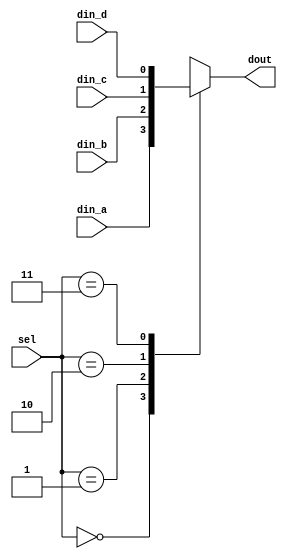
`timescale 1ns/10ps

// 4x1 MUX
module multiplexer (
    din_a,
    din_b,
    din_c,
    din_d,
    sel,
    dout
);

input din_a;
input din_b;
input din_c;
input din_d;
input [1:0] sel;

output reg dout;

always @(*) begin
    case (sel)
        2'b00 : begin
            dout = din_a;
        end

        2'b01 : begin
            dout = din_b;
        end

        2'b10 : begin
            dout = din_c;
        end

        2'b11 : begin
            dout = din_d;
        end

        default : begin
            dout = 1'b0;
        end
    endcase
end
    
endmodule